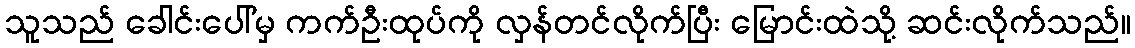
သူသည် ခေါင်းပေါ်မှ ကက်ဦးထုပ်ကို လှန်တင်လိုက်ပြီး မြောင်းထဲသို့ ဆင်းလိုက်သည်။